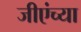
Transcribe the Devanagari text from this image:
जीएंच्या